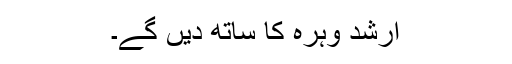
ارشد وہرہ کا ساتھ دیں گے۔